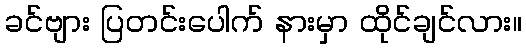
ခင်ဗျား ပြတင်းပေါက် နားမှာ ထိုင်ချင်လား။